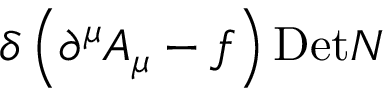
\delta \left( \partial ^ { \mu } A _ { \mu } - f \right) \mathrm { D e t } N